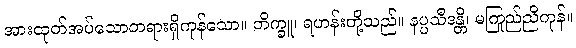
အားထုတ်အပ်သောတရားရှိကုန်သော။ ဘိက္ခူ၊ ရဟန်းတို့သည်။ နပ္ပသီဒန္တိ၊ မကြည်ညိုကုန်။